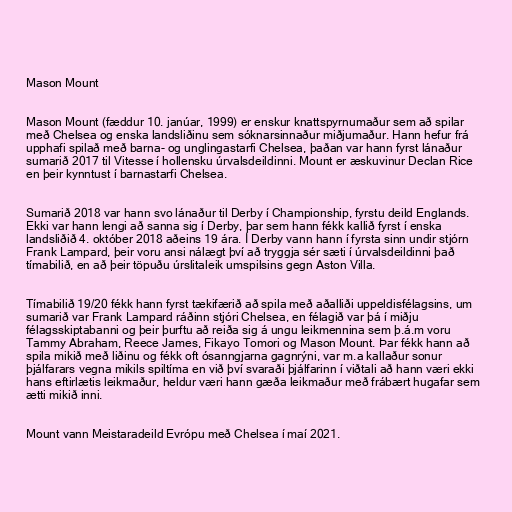
Mason Mount

Mason Mount (fæddur 10. janúar, 1999) er enskur knattspyrnumaður sem að spilar
með Chelsea og enska landsliðinu sem sóknarsinnaður miðjumaður. Hann hefur frá
upphafi spilað með barna- og unglingastarfi Chelsea, þaðan var hann fyrst lánaður
sumarið 2017 til Vitesse í hollensku úrvalsdeildinni. Mount er æskuvinur Declan Rice
en þeir kynntust í barnastarfi Chelsea.

Sumarið 2018 var hann svo lánaður til Derby í Championship, fyrstu deild Englands.
Ekki var hann lengi að sanna sig í Derby, þar sem hann fékk kallið fyrst í enska
landsliðið 4. október 2018 aðeins 19 ára. Í Derby vann hann í fyrsta sinn undir stjórn
Frank Lampard, þeir voru ansi nálægt því að tryggja sér sæti í úrvalsdeildinni það
tímabilið, en að þeir töpuðu úrslitaleik umspilsins gegn Aston Villa.

Tímabilið 19/20 fékk hann fyrst tækifærið að spila með aðalliði uppeldisfélagsins, um
sumarið var Frank Lampard ráðinn stjóri Chelsea, en félagið var þá í miðju
félagsskiptabanni og þeir þurftu að reiða sig á ungu leikmennina sem þ.á.m voru
Tammy Abraham, Reece James, Fikayo Tomori og Mason Mount. Þar fékk hann að
spila mikið með liðinu og fékk oft ósanngjarna gagnrýni, var m.a kallaður sonur
þjálfarars vegna mikils spiltíma en við því svaraði þjálfarinn í viðtali að hann væri ekki
hans eftirlætis leikmaður, heldur væri hann gæða leikmaður með frábært hugafar sem
ætti mikið inni.

Mount vann Meistaradeild Evrópu með Chelsea í maí 2021.